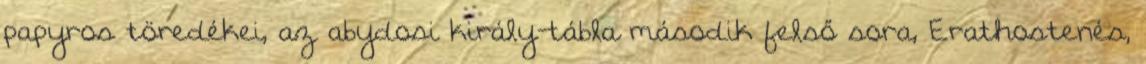
papyros töredékei, az abydosi király-tábla második felső sora, Erathostenés,